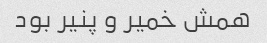
همش خمیر و پنیر بود